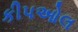
કીપઓલ